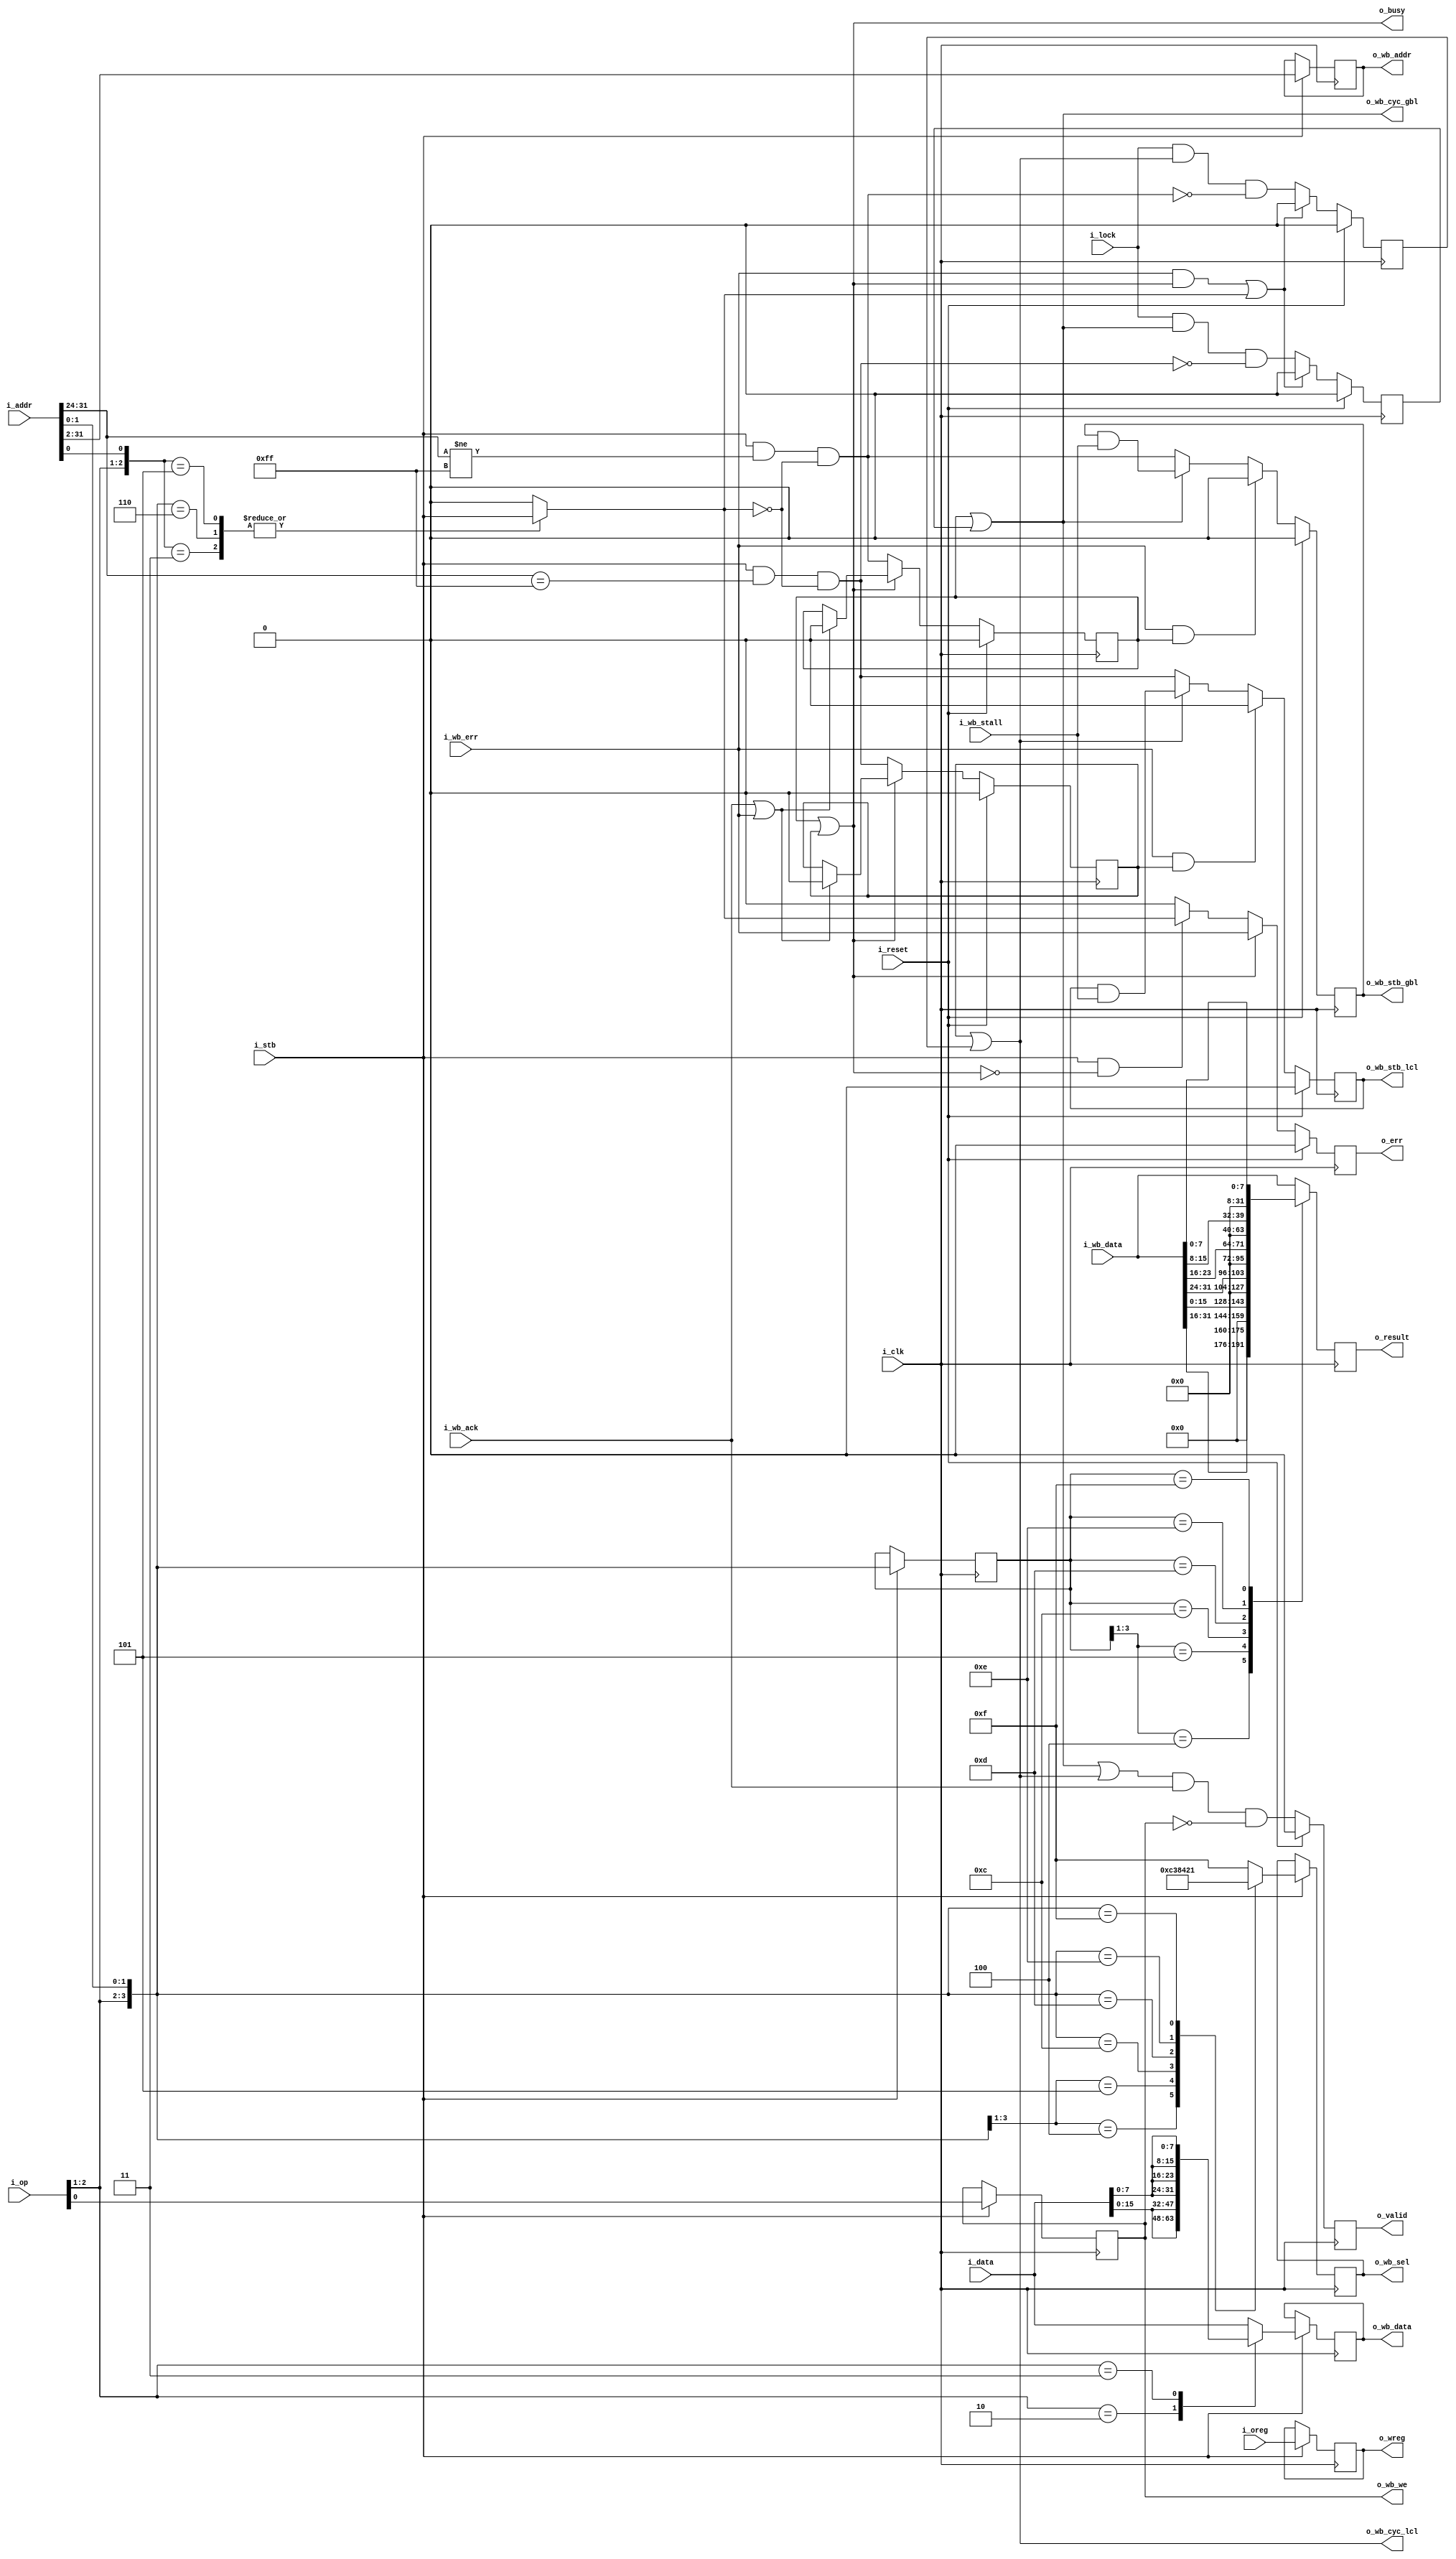
////////////////////////////////////////////////////////////////////////////////
//
//
// Project:	Zip CPU -- a small, lightweight, RISC CPU soft core
//
// Purpose:	A memory unit to support a CPU.
//
//	In the interests of code simplicity, this memory operator is
//	susceptible to unknown results should a new command be sent to it
//	before it completes the last one.  Unpredictable results might then
//	occurr.
//
//	20150919 -- Added support for handling BUS ERR's (i.e., the WB
//		error signal).
//
// Creator:	Dan Gisselquist, Ph.D.
//		Gisselquist Technology, LLC
//
////////////////////////////////////////////////////////////////////////////////
//
// Copyright (C) 2015-2020, Gisselquist Technology, LLC
//
// This program is free software (firmware): you can redistribute it and/or
// modify it under the terms of  the GNU General Public License as published
// by the Free Software Foundation, either version 3 of the License, or (at
// your option) any later version.
//
// This program is distributed in the hope that it will be useful, but WITHOUT
// ANY WARRANTY; without even the implied warranty of MERCHANTIBILITY or
// FITNESS FOR A PARTICULAR PURPOSE.  See the GNU General Public License
// for more details.
//
// You should have received a copy of the GNU General Public License along
// with this program.  (It's in the $(ROOT)/doc directory.  Run make with no
// target there if the PDF file isn't present.)  If not, see
// <http://www.gnu.org/licenses/> for a copy.
//
// License:	GPL, v3, as defined and found on www.gnu.org,
//		http://www.gnu.org/licenses/gpl.html
//
//
////////////////////////////////////////////////////////////////////////////////
//
//
`default_nettype	none
//
module	memops(i_clk, i_reset, i_stb, i_lock,
		i_op, i_addr, i_data, i_oreg,
			o_busy, o_valid, o_err, o_wreg, o_result,
		o_wb_cyc_gbl, o_wb_cyc_lcl,
			o_wb_stb_gbl, o_wb_stb_lcl,
			o_wb_we, o_wb_addr, o_wb_data, o_wb_sel,
		i_wb_stall, i_wb_ack, i_wb_err, i_wb_data
		);
	parameter	ADDRESS_WIDTH=30;
	parameter [0:0]	IMPLEMENT_LOCK=1'b1,
			WITH_LOCAL_BUS=1'b1,
			OPT_ALIGNMENT_ERR=1'b1,
			OPT_ZERO_ON_IDLE=1'b0;
	localparam	AW=ADDRESS_WIDTH;
	input	wire		i_clk, i_reset;
	input	wire		i_stb, i_lock;
	// CPU interface
	input	wire	[2:0]	i_op;
	input	wire	[31:0]	i_addr;
	input	wire	[31:0]	i_data;
	input	wire	[4:0]	i_oreg;
	// CPU outputs
	output	wire		o_busy;
	output	reg		o_valid;
	output	reg		o_err;
	output	reg	[4:0]	o_wreg;
	output	reg	[31:0]	o_result;
	// Wishbone outputs
	output	wire		o_wb_cyc_gbl;
	output	reg		o_wb_stb_gbl;
	output	wire		o_wb_cyc_lcl;
	output	reg		o_wb_stb_lcl;
	output	reg		o_wb_we;
	output	reg	[(AW-1):0]	o_wb_addr;
	output	reg	[31:0]	o_wb_data;
	output	reg	[3:0]	o_wb_sel;
	// Wishbone inputs
	input	wire		i_wb_stall, i_wb_ack, i_wb_err;
	input	wire	[31:0]	i_wb_data;

	reg	misaligned;

	generate if (OPT_ALIGNMENT_ERR)
	begin : GENERATE_ALIGNMENT_ERR
		always @(*)
		casez({ i_op[2:1], i_addr[1:0] })
		4'b01?1: misaligned = i_stb; // Words must be halfword aligned
		4'b0110: misaligned = i_stb; // Words must be word aligned
		4'b10?1: misaligned = i_stb; // Halfwords must be aligned
		// 4'b11??: misaligned <= 1'b0; Byte access are never misaligned
		default: misaligned = 1'b0;
		endcase
	end else
		always @(*)	misaligned = 1'b0;
	endgenerate

	reg	r_wb_cyc_gbl, r_wb_cyc_lcl;
	wire	gbl_stb, lcl_stb;
	assign	lcl_stb = (i_stb)&&(WITH_LOCAL_BUS!=0)&&(i_addr[31:24]==8'hff)
				&&(!misaligned);
	assign	gbl_stb = (i_stb)&&((WITH_LOCAL_BUS==0)||(i_addr[31:24]!=8'hff))
				&&(!misaligned);

	initial	r_wb_cyc_gbl = 1'b0;
	initial	r_wb_cyc_lcl = 1'b0;
	always @(posedge i_clk)
	if (i_reset)
	begin
		r_wb_cyc_gbl <= 1'b0;
		r_wb_cyc_lcl <= 1'b0;
	end else if ((r_wb_cyc_gbl)||(r_wb_cyc_lcl))
	begin
		if ((i_wb_ack)||(i_wb_err))
		begin
			r_wb_cyc_gbl <= 1'b0;
			r_wb_cyc_lcl <= 1'b0;
		end
	end else begin // New memory operation
		// Grab the wishbone
		r_wb_cyc_lcl <= (lcl_stb);
		r_wb_cyc_gbl <= (gbl_stb);
	end
	initial	o_wb_stb_gbl = 1'b0;
	always @(posedge i_clk)
	if (i_reset)
		o_wb_stb_gbl <= 1'b0;
	else if ((i_wb_err)&&(r_wb_cyc_gbl))
		o_wb_stb_gbl <= 1'b0;
	else if (o_wb_cyc_gbl)
		o_wb_stb_gbl <= (o_wb_stb_gbl)&&(i_wb_stall);
	else
		// Grab wishbone on any new transaction to the gbl bus
		o_wb_stb_gbl <= (gbl_stb);

	initial	o_wb_stb_lcl = 1'b0;
	always @(posedge i_clk)
	if (i_reset)
		o_wb_stb_lcl <= 1'b0;
	else if ((i_wb_err)&&(r_wb_cyc_lcl))
		o_wb_stb_lcl <= 1'b0;
	else if (o_wb_cyc_lcl)
		o_wb_stb_lcl <= (o_wb_stb_lcl)&&(i_wb_stall);
	else
		// Grab wishbone on any new transaction to the lcl bus
		o_wb_stb_lcl  <= (lcl_stb);

	reg	[3:0]	r_op;
	initial	o_wb_we   = 1'b0;
	initial	o_wb_data = 0;
	initial	o_wb_sel  = 0;
	always @(posedge i_clk)
	if (i_stb)
	begin
		o_wb_we   <= i_op[0];
		if (OPT_ZERO_ON_IDLE)
		begin
			casez({ i_op[2:1], i_addr[1:0] })
			4'b100?: o_wb_data <= { i_data[15:0], 16'h00 };
			4'b101?: o_wb_data <= { 16'h00, i_data[15:0] };
			4'b1100: o_wb_data <= {         i_data[7:0], 24'h00 };
			4'b1101: o_wb_data <= {  8'h00, i_data[7:0], 16'h00 };
			4'b1110: o_wb_data <= { 16'h00, i_data[7:0],  8'h00 };
			4'b1111: o_wb_data <= { 24'h00, i_data[7:0] };
			default: o_wb_data <= i_data;
			endcase
		end else
			casez({ i_op[2:1], i_addr[1:0] })
			4'b10??: o_wb_data <= { (2){ i_data[15:0] } };
			4'b11??: o_wb_data <= { (4){ i_data[7:0] } };
			default: o_wb_data <= i_data;
			endcase

		o_wb_addr <= i_addr[(AW+1):2];
		casez({ i_op[2:1], i_addr[1:0] })
		4'b01??: o_wb_sel <= 4'b1111;
		4'b100?: o_wb_sel <= 4'b1100;
		4'b101?: o_wb_sel <= 4'b0011;
		4'b1100: o_wb_sel <= 4'b1000;
		4'b1101: o_wb_sel <= 4'b0100;
		4'b1110: o_wb_sel <= 4'b0010;
		4'b1111: o_wb_sel <= 4'b0001;
		default: o_wb_sel <= 4'b1111;
		endcase
		r_op <= { i_op[2:1] , i_addr[1:0] };
	end else if ((OPT_ZERO_ON_IDLE)&&(!o_wb_cyc_gbl)&&(!o_wb_cyc_lcl))
	begin
		o_wb_we   <= 1'b0;
		o_wb_addr <= 0;
		o_wb_data <= 32'h0;
		o_wb_sel  <= 4'h0;
	end

	initial	o_valid = 1'b0;
	always @(posedge i_clk)
	if (i_reset)
		o_valid <= 1'b0;
	else
		o_valid <= (((o_wb_cyc_gbl)||(o_wb_cyc_lcl))
				&&(i_wb_ack)&&(!o_wb_we));
	initial	o_err = 1'b0;
	always @(posedge i_clk)
	if (i_reset)
		o_err <= 1'b0;
	else if ((r_wb_cyc_gbl)||(r_wb_cyc_lcl))
		o_err <= i_wb_err;
	else if ((i_stb)&&(!o_busy))
		o_err <= misaligned;
	else
		o_err <= 1'b0;

	assign	o_busy = (r_wb_cyc_gbl)||(r_wb_cyc_lcl);

	always @(posedge i_clk)
	if (i_stb)
		o_wreg    <= i_oreg;
	always @(posedge i_clk)
	if ((OPT_ZERO_ON_IDLE)&&(!i_wb_ack))
		o_result <= 32'h0;
	else begin
		casez(r_op)
		4'b01??: o_result <= i_wb_data;
		4'b100?: o_result <= { 16'h00, i_wb_data[31:16] };
		4'b101?: o_result <= { 16'h00, i_wb_data[15: 0] };
		4'b1100: o_result <= { 24'h00, i_wb_data[31:24] };
		4'b1101: o_result <= { 24'h00, i_wb_data[23:16] };
		4'b1110: o_result <= { 24'h00, i_wb_data[15: 8] };
		4'b1111: o_result <= { 24'h00, i_wb_data[ 7: 0] };
		default: o_result <= i_wb_data;
		endcase
	end

	reg	lock_gbl, lock_lcl;

	generate
	if (IMPLEMENT_LOCK != 0)
	begin

		initial	lock_gbl = 1'b0;
		initial	lock_lcl = 1'b0;

		always @(posedge i_clk)
		if (i_reset)
		begin
			lock_gbl <= 1'b0;
			lock_lcl <= 1'b0;
		end else if (((i_wb_err)&&((r_wb_cyc_gbl)||(r_wb_cyc_lcl)))
				||(misaligned))
		begin
			// Kill the lock if
			//	there's a bus error, or
			//	User requests a misaligned memory op
			lock_gbl <= 1'b0;
			lock_lcl <= 1'b0;
		end else begin
			// Kill the lock if
			//	i_lock goes down
			//	User starts on the global bus, then switches
			//	  to local or vice versa
			lock_gbl <= (i_lock)&&((r_wb_cyc_gbl)||(lock_gbl))
					&&(!lcl_stb);
			lock_lcl <= (i_lock)&&((r_wb_cyc_lcl)||(lock_lcl))
					&&(!gbl_stb);
		end

		assign	o_wb_cyc_gbl = (r_wb_cyc_gbl)||(lock_gbl);
		assign	o_wb_cyc_lcl = (r_wb_cyc_lcl)||(lock_lcl);
	end else begin

		assign	o_wb_cyc_gbl = (r_wb_cyc_gbl);
		assign	o_wb_cyc_lcl = (r_wb_cyc_lcl);

		always @(*)
			{ lock_gbl, lock_lcl } = 2'b00;

		// Make verilator happy
		// verilator lint_off UNUSED
		wire	[2:0]	lock_unused;
		assign	lock_unused = { i_lock, lock_gbl, lock_lcl };
		// verilator lint_on  UNUSED

	end endgenerate

`ifdef	VERILATOR
	always @(posedge i_clk)
	if ((r_wb_cyc_gbl)||(r_wb_cyc_lcl))
		assert(!i_stb);
`endif


	// Make verilator happy
	// verilator lint_off UNUSED
	generate if (AW < 22)
	begin : TOO_MANY_ADDRESS_BITS

		wire	[(21-AW):0] unused_addr;
		assign	unused_addr = i_addr[23:(AW+2)];

	end endgenerate
	// verilator lint_on  UNUSED

`ifdef	FORMAL
// Formal properties for this module are maintained elsewhere
`endif
endmodule